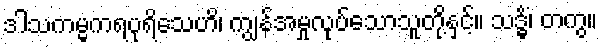
ဒါသကမ္မကရပုရိသေဟိ၊ ကျွန်အမှုလုပ်သောသူတို့နှင့်။ သဒ္ဓိံ၊ တကွ။